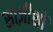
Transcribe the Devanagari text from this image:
साज़ीशों